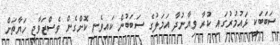
ސަބަބަކީ ޅައުމުރުގައި ކުރާ ވިޔާނުދާ އަމަލުގެ ސަބަބުން ކައިވެނި ކޮށްގެން ވެސްޒަވާޖީ ހަޔާތަށް